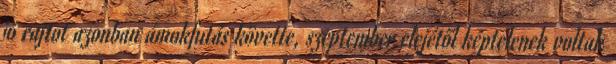
jó rajtot azonban ámokfutás követte, szeptember elejétől képtelenek voltak